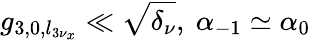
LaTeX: g_{3,0,l_{3\nu_{x}}}\ll\sqrt{\delta_{\nu}},\ \alpha_{-1}\simeq\alpha_{0}